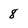
Character: 8